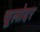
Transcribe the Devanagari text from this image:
चूलोदर